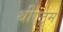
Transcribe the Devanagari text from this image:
थीएट्रुम